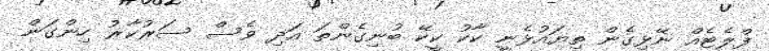
ފްލެޓެއް ނޭޅިގެން ތިޔައުޅެނީ ކާކު ކީކޭ ބުނިގެންތަ އަދި ވެސް ސަރުކާޜު ހިންގަން